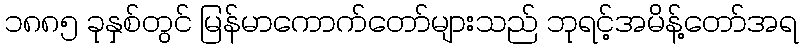
၁၈၈၅ ခုနှစ်တွင် မြန်မာကောက်တော်များသည် ဘုရင့်အမိန့်တော်အရ